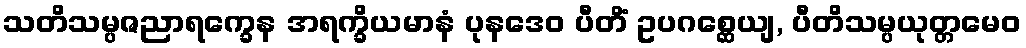
သတိသမ္ပဇညာရက္ခေန အရက္ခိယမာနံ ပုနဒေဝ ပီတိံ ဥပဂစ္ဆေယျ, ပီတိသမ္ပယုတ္တမေဝ